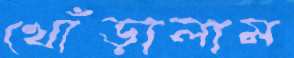
খোঁড়ালাম